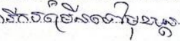
រីកចម្រើនទៅមុខបន្ត